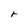
Character: r